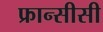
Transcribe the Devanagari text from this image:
फ्रान्सीसी